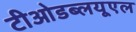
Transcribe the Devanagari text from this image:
टीओडब्लयूएल